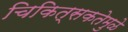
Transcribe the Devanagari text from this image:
चिकित्सकतेमुळे